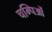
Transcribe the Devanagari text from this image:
चम्पिओं